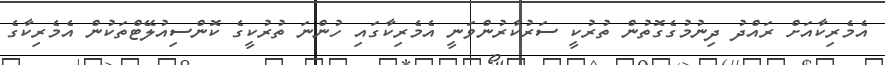
އެމެރިކާއަށް ރައްދު ދިނުމުގެގޮތުން ތުރުކީ ސަރުކާރުންވަނީ އެމެރިކާގައި ހުންނަ ތުރުކީގެ ކޮންސިއުލޭޓްތަކުން އެމެރިކާގެ